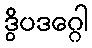
ဒွိပဒဂ္ဂေါ